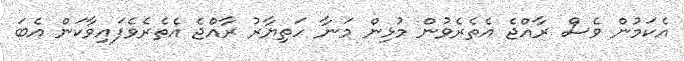
އެކަމުން ވެސް ރާއްޖެ އެތެރެވުން މުޅިން މަނާ ހަތިޔާރު ރާއްޖެ އެތެރެވެފައިވާކަން އެބަ